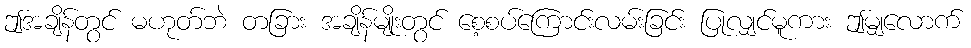
ဤအချိန်တွင် မဟုတ်ဘဲ တခြား အချိန်မျိုးတွင် စေ့စပ်ကြောင်းလမ်းခြင်း ပြုလျှင်မူကား ဤမျှလောက်